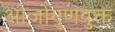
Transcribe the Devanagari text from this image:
ओजोगुणयुक्त